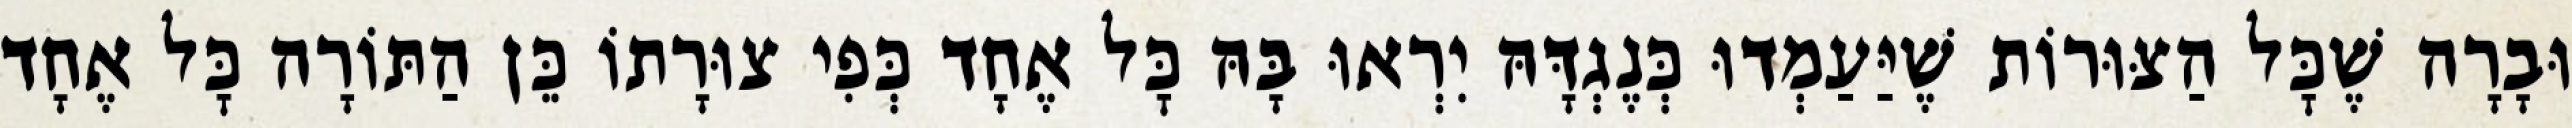
וּבָרָה שֶׁכׇּל הַצּוּרוֹת שֶׁיַּעַמְדוּ כְּנֶגְדָּהּ יִרְאוּ בָּהּ כׇּל אֶחָד כְּפִי צוּרָתוֹ כֵּן הַתּוֹרָה כׇּל אֶחָד